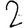
Digit: 2